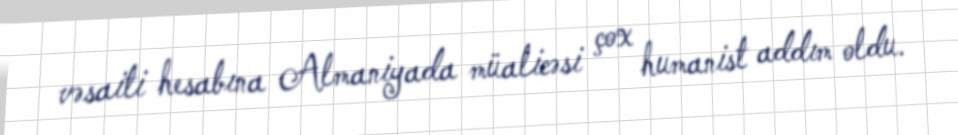
vəsaiti hesabına Almaniyada müalicəsi çox humanist addım oldu.